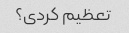
تعظیم کردی؟